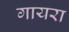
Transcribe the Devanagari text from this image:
गायरा